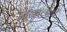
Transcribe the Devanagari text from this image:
जुळालेली